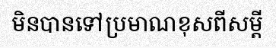
មិនបានទៅប្រមាណខុសពីសម្តី